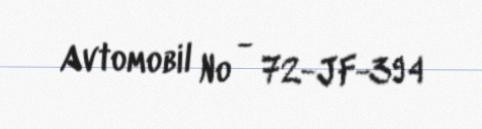
Avtomobil № - 72-JF-394